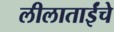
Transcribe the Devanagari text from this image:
लीलाताईंचे